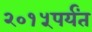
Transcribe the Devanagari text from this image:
२०१५पर्यंत